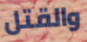
والقتل